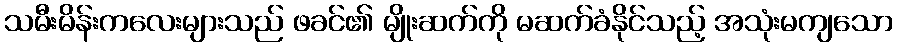
သမီးမိန်းကလေးများသည် ဖခင်၏ မျိုးဆက်ကို မဆက်ခံနိုင်သည့် အသုံးမကျသော